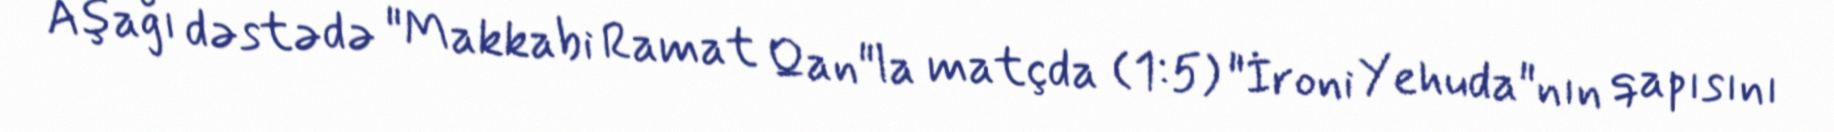
Aşağı dəstədə "Makkabi Ramat Qan"la matçda (1:5) "İroni Yehuda"nın qapısını